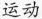
运动